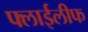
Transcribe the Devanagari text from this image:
फ्लाईलीफ